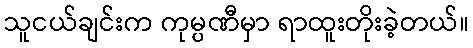
သူငယ်ချင်းက ကုမ္ပဏီမှာ ရာထူးတိုးခဲ့တယ်။